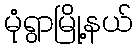
မုံရွာမြို့နယ်